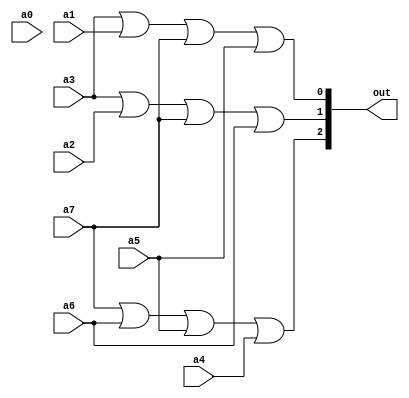
module enc_8to3 (
    input wire a0,
    input wire a1,
    input wire a2,
    input wire a3,
    input wire a4,
    input wire a5,
    input wire a6,
    input wire a7,
    output wire [2:0] out
);

    assign out[2] = a7 | a6 | a5 | a4;
    assign out[1] = a3 | a2 | a7 | a6;
    assign out[0] = a3 | a1 | a7 | a5;

endmodule //enc_8to3